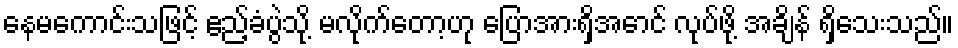
နေမကောင်းသဖြင့် ဧည့်ခံပွဲသို့ မလိုက်တော့ဟု ပြောအားရှိအောင် လုပ်ဖို့ အချိန် ရှိသေးသည်။